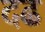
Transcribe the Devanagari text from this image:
दढ